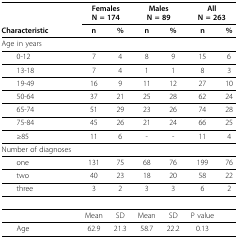
<table><thead><tr><td></td><td colspan="2"><b>FemalesN = 174</b></td><td colspan="2"><b>MalesN = 89</b></td><td colspan="2"><b>AllN = 263</b></td></tr><tr><td><b>Characteristic</b></td><td><b>n</b></td><td><b>%</b></td><td><b>n</b></td><td><b>%</b></td><td><b>n</b></td><td><b>%</b></td></tr></thead><tbody><tr><td>Age in years</td><td></td><td></td><td></td><td></td><td></td><td></td></tr><tr><td> 0-12</td><td>7</td><td>4</td><td>8</td><td>9</td><td>15</td><td>6</td></tr><tr><td> 13-18</td><td>7</td><td>4</td><td>1</td><td>1</td><td>8</td><td>3</td></tr><tr><td> 19-49</td><td>16</td><td>9</td><td>11</td><td>12</td><td>27</td><td>10</td></tr><tr><td> 50-64</td><td>37</td><td>21</td><td>25</td><td>28</td><td>62</td><td>24</td></tr><tr><td> 65-74</td><td>51</td><td>29</td><td>23</td><td>26</td><td>74</td><td>28</td></tr><tr><td> 75-84</td><td>45</td><td>26</td><td>21</td><td>24</td><td>66</td><td>25</td></tr><tr><td> ≥85</td><td>11</td><td>6</td><td>-</td><td>-</td><td>11</td><td>4</td></tr><tr><td>Number of diagnoses</td><td></td><td></td><td></td><td></td><td></td><td></td></tr><tr><td> one</td><td>131</td><td>75</td><td>68</td><td>76</td><td>199</td><td>76</td></tr><tr><td> two</td><td>40</td><td>23</td><td>18</td><td>20</td><td>58</td><td>22</td></tr><tr><td> three</td><td>3</td><td>2</td><td>3</td><td>3</td><td>6</td><td>2</td></tr><tr><td></td><td>Mean</td><td>SD</td><td>Mean</td><td>SD</td><td>P value</td><td></td></tr><tr><td> Age</td><td>62.9</td><td>21.3</td><td>58.7</td><td>22.2</td><td>0.13</td><td></td></tr></tbody></table>